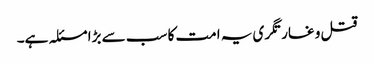
قتل و غارتگری یہ امت کا سب سے بڑا مسئلہ ہے۔